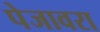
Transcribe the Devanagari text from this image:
पेजावरा